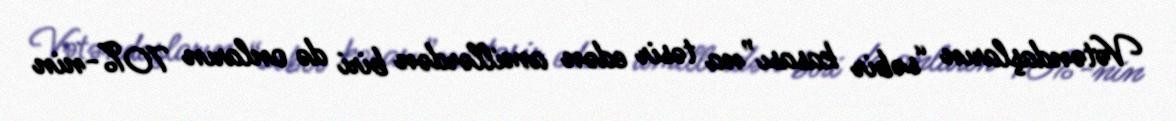
Vətəndaşların “səbir kasası”na təsir edən amillərdən biri də onların 70%-nin